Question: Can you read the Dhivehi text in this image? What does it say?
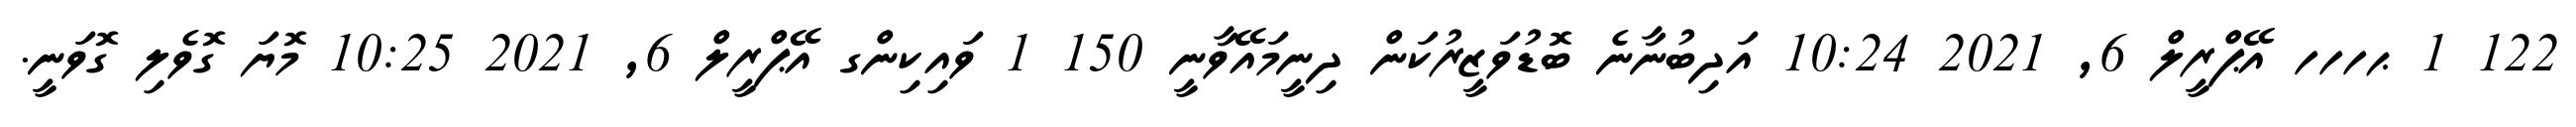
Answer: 122 1 ޙހހހ އޭޕްރީލް 6, 2021 10:24 އަދިބުނާނެ ބޮޑުވަޒީރުކަން ދިނީމައޭވާނީ 150 1 ވައިކިންގ އޭޕްރީލް 6, 2021 10:25 މޮޔަ ގޮވެލި ގޮވަނީ.